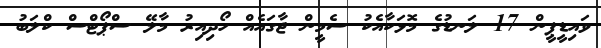
ވައިޑީޕީން 17 ލަނޑުގެ މޮޅަކާއެކު ސެމީން ޖާގައެއް ހޯދިއިރު މާލޭ ސްޕޯޓްސް ކްލަބު